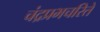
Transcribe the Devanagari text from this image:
चंद्रप्रभचरिते